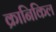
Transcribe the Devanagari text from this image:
क्रानिकिल